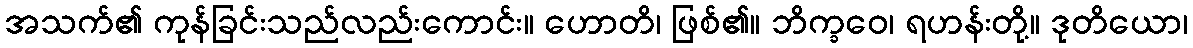
အသက်၏ ကုန်ခြင်းသည်လည်းကောင်း။ ဟောတိ၊ ဖြစ်၏။ ဘိက္ခဝေ၊ ရဟန်းတို့။ ဒုတိယော၊